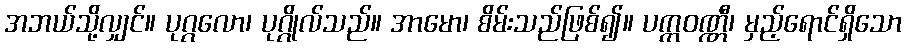
အဘယ်သို့လျှင်။ ပုဂ္ဂလော၊ ပုဂ္ဂိုလ်သည်။ အာမော၊ စိမ်းသည်ဖြစ်၍။ ပက္ကဝဏ္ဏီ၊ မှည့်ရောင်ရှိသော